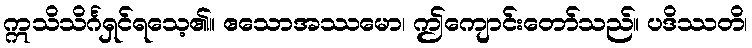
ဣသိသိင်္ဂရှင်ရသေ့၏။ ဧသောအဿမော၊ ဤကျောင်းတော်သည်။ ပဒိဿတိ၊